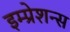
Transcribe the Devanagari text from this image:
इम्प्रेशन्स